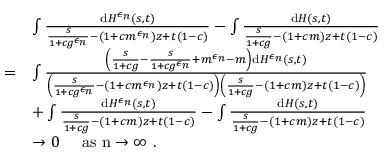
\begin{array} { r l } & { \int \frac { \mathrm { d } H ^ { \epsilon _ { n } } ( s , t ) } { \frac { s } { 1 + c g ^ { \epsilon _ { n } } } - ( 1 + c m ^ { \epsilon _ { n } } ) z + t ( 1 - c ) } - \int \frac { \mathrm { d } H ( s , t ) } { \frac { s } { 1 + c g } - ( 1 + c m ) z + t ( 1 - c ) } } \\ { = } & { \int \frac { \left( \frac { s } { 1 + c g } - \frac { s } { 1 + c g ^ { \epsilon _ { n } } } + m ^ { \epsilon _ { n } } - m \right) \mathrm { d } H ^ { \epsilon _ { n } } ( s , t ) } { \left( \frac { s } { 1 + c g ^ { \epsilon _ { n } } } - ( 1 + c m ^ { \epsilon _ { n } } ) z + t ( 1 - c ) \right) \left( \frac { s } { 1 + c g } - ( 1 + c m ) z + t ( 1 - c ) \right) } } \\ & { + \int \frac { \mathrm { d } H ^ { \epsilon _ { n } } ( s , t ) } { \frac { s } { 1 + c g } - ( 1 + c m ) z + t ( 1 - c ) } - \int \frac { \mathrm { d } H ( s , t ) } { \frac { s } { 1 + c g } - ( 1 + c m ) z + t ( 1 - c ) } } \\ & { \to 0 \quad \mathrm { ~ a s ~ n \to \infty ~ } . } \end{array}